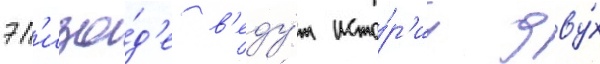
эп'изо́д'е в'еду́т исто́р'иу дву́х